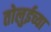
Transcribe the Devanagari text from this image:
तोलुईच्या